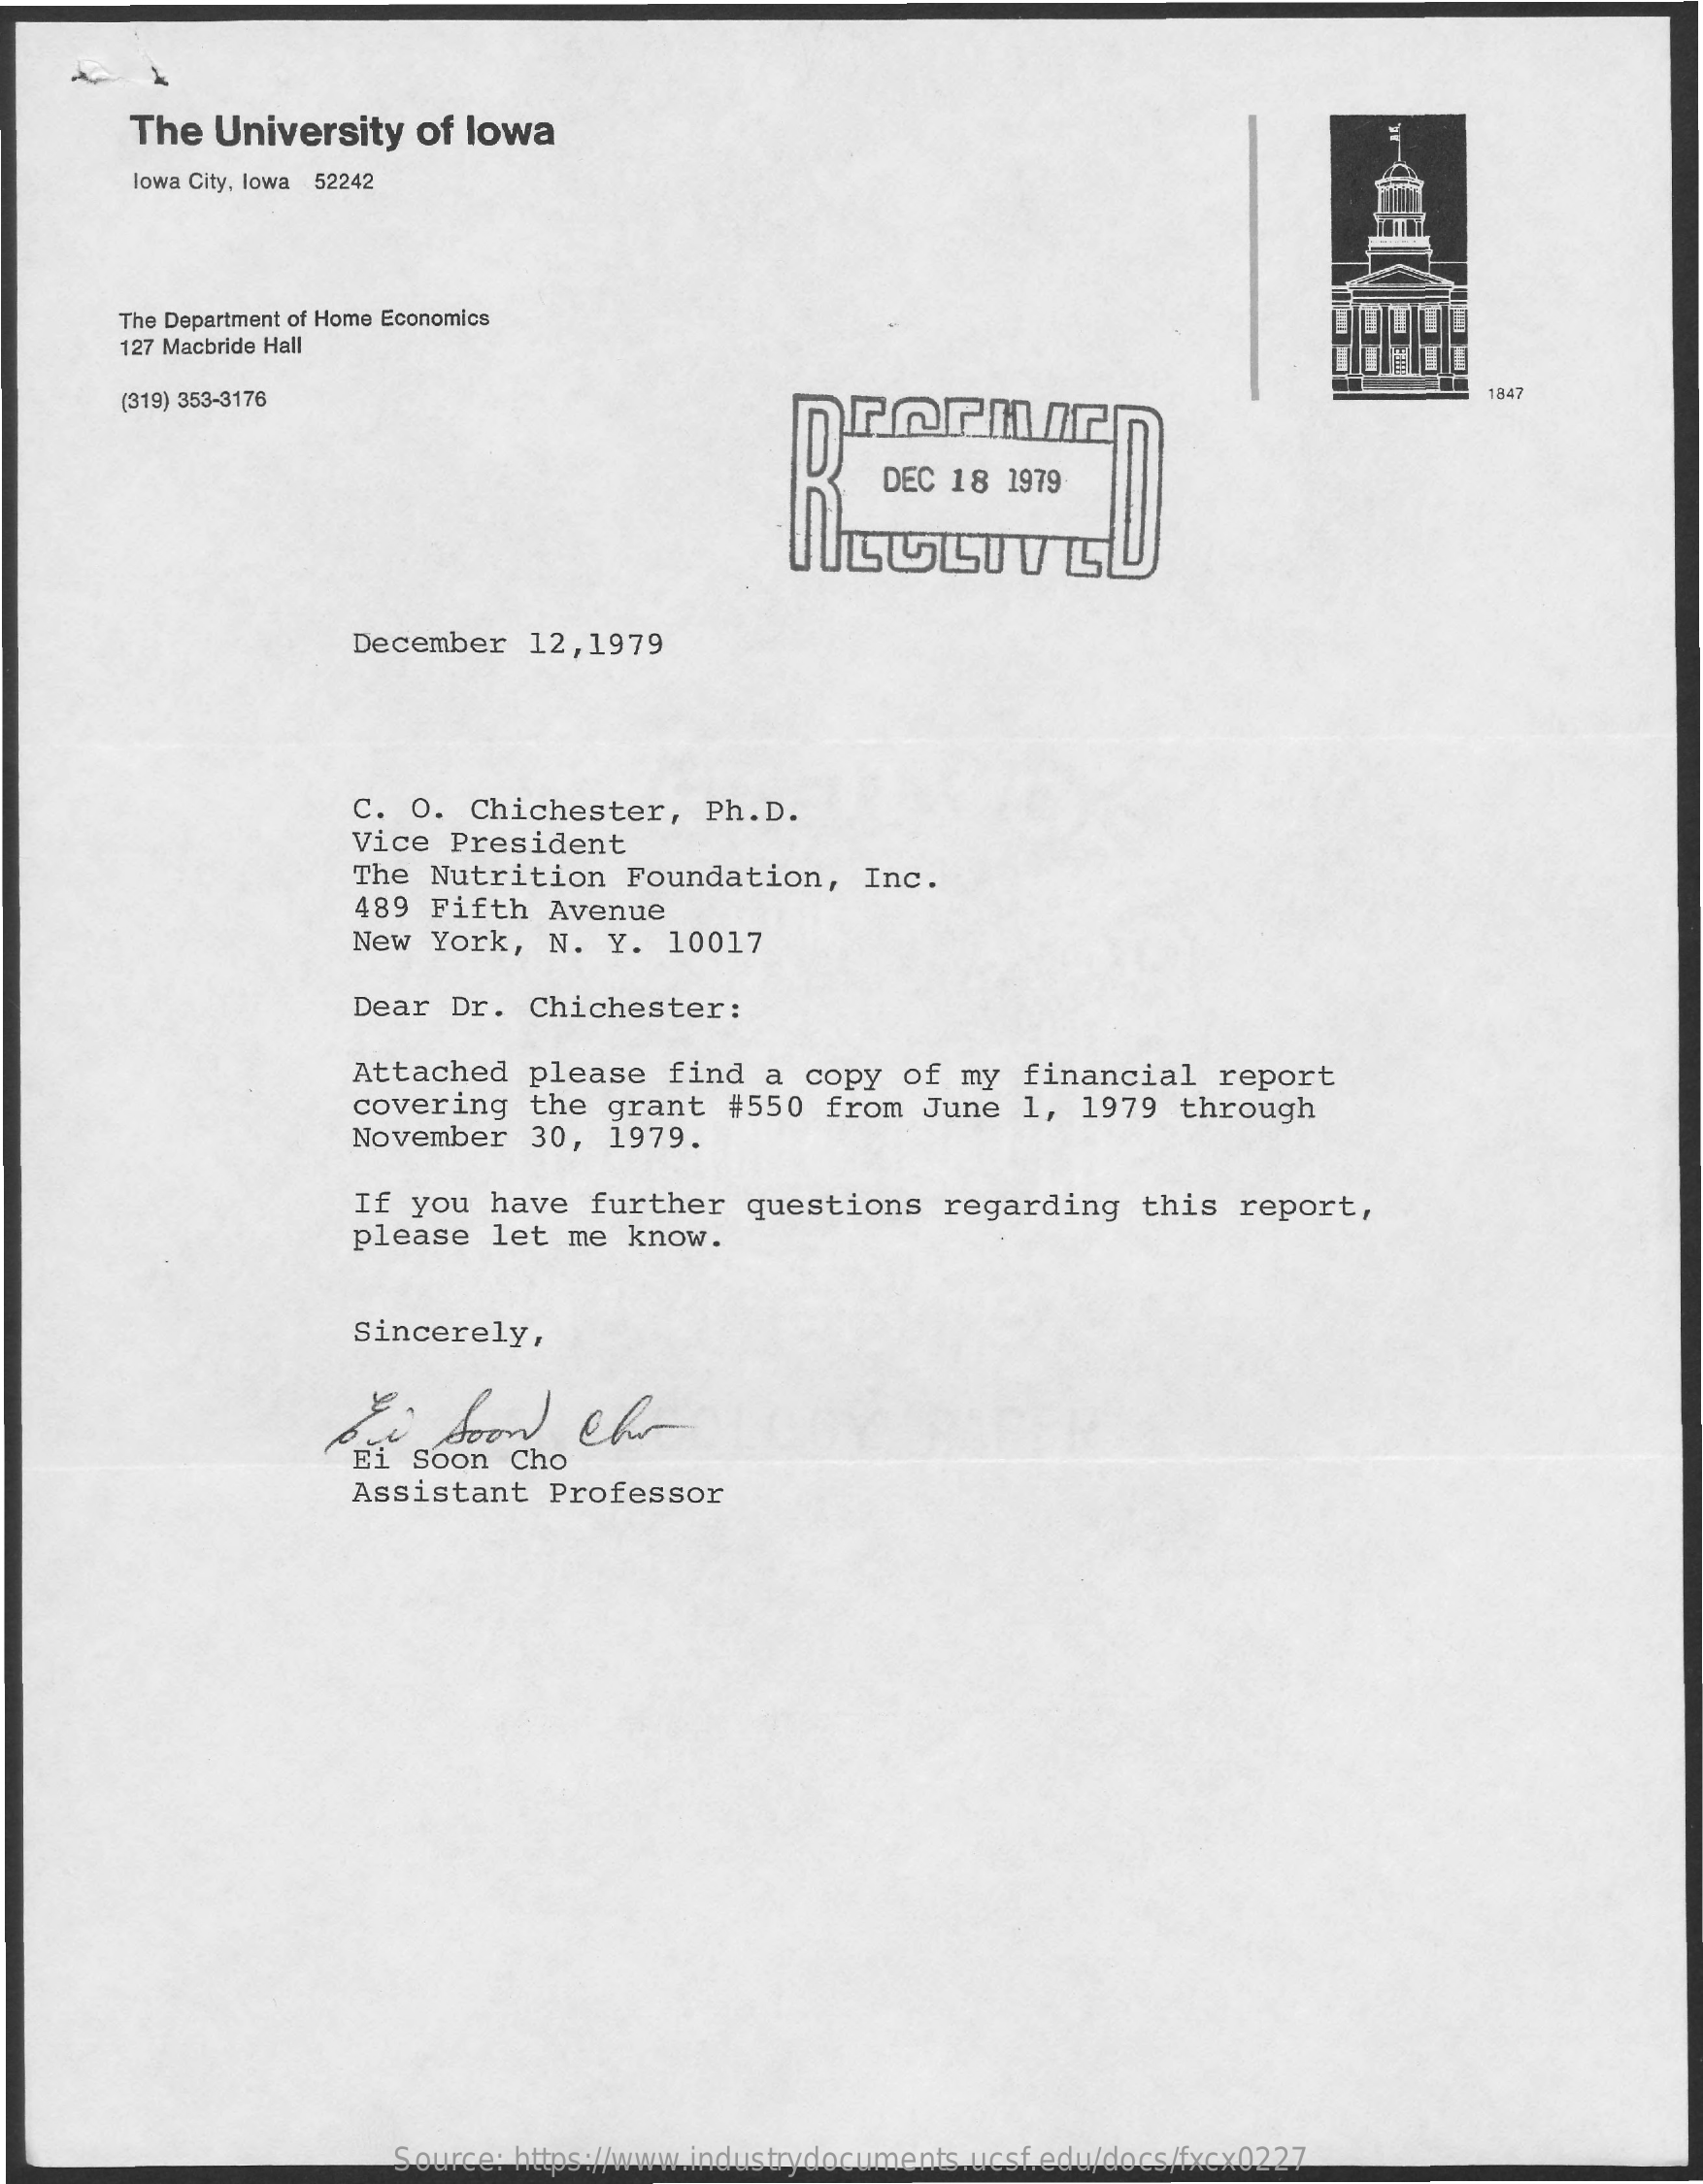
The  University   of lowa
     lowa City, lowa 52242
     The Department of Home Economics
     127 Macbride Hall
     (319) 353-3176    1847
     DEC 18  1979
     December   12,1979
     C. O.  Chichester,    Ph.D.
     Vice  President
     The  Nutrition   Foundation,    Inc.
     489  Fifth  Avenue
     New  York,  N.  Y.  10017
     Dear  Dr.  Chichester:
     Attached   please   find  a  copy  of  my  financial    report
     covering   the  grant   #550  from   June  1,  1979  through
     November   30,  1979.
     If  you  have  further   questions    regarding    this  report,
     please   let  me  know.
     Sincerely,
     soon    che
     Ei  Soon  Cho
     Assistant   Professor
     Source: https://www.industrydocuments.ucsf.edu/docs/fxcx0227